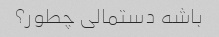
باشه دستمالی چطور؟